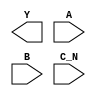
module sky130_fd_sc_hs__nor3b (
    Y  ,
    A  ,
    B  ,
    C_N
);

    output Y  ;
    input  A  ;
    input  B  ;
    input  C_N;

    // Voltage supply signals
    supply1 VPWR;
    supply0 VGND;

endmodule